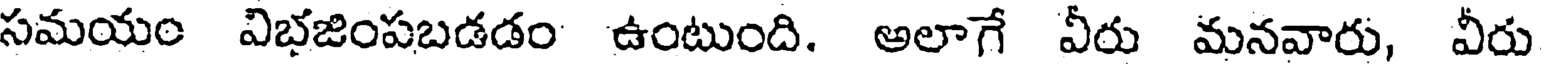
సమయం విభజింపబడడం ఉంటుంది. అలాగే వీరు మనవారు, వీరు